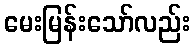
မေးမြန်းသော်လည်း